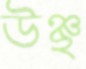
উঞ্ছ